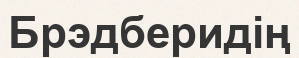
Брэдберидің